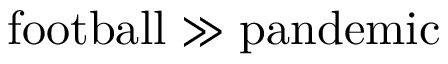
\mathrm { f o o t b a l l } \gg \mathrm { p a n d e m i c }